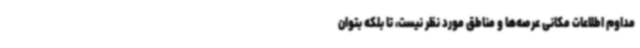
مداوم اطلاعات مکانی عرصه‌ها و مناطق مورد نظر نیست، تا بلکه بتوان